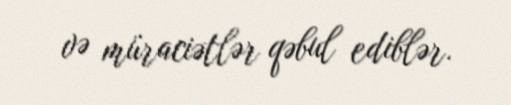
və müraciətlər qəbul ediblər.